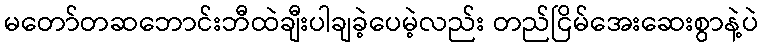
မတော်တဆဘောင်းဘီထဲချီးပါချခဲ့ပေမဲ့လည်း တည်ငြိမ်အေးဆေးစွာနဲ့ပဲ